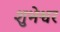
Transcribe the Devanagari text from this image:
शुभेश्वर